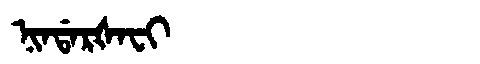
Manchu: ᠨᡳᠨᡩᠠᡵᡧᠠᠸᡳ
Romanization: NINDARŠAFI